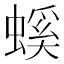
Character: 螇